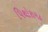
પિથોરાગઢ